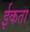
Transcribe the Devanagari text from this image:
ईकता